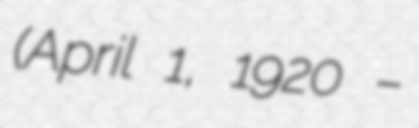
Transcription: (April 1, 1920 –